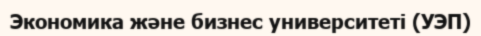
Экономика және бизнес университеті (УЭП)